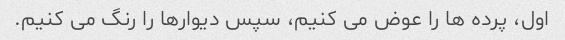
اول، پرده ها را عوض می کنیم، سپس دیوارها را رنگ می کنیم.